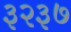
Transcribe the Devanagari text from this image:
३२३७